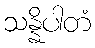
သန္နိပါတံ